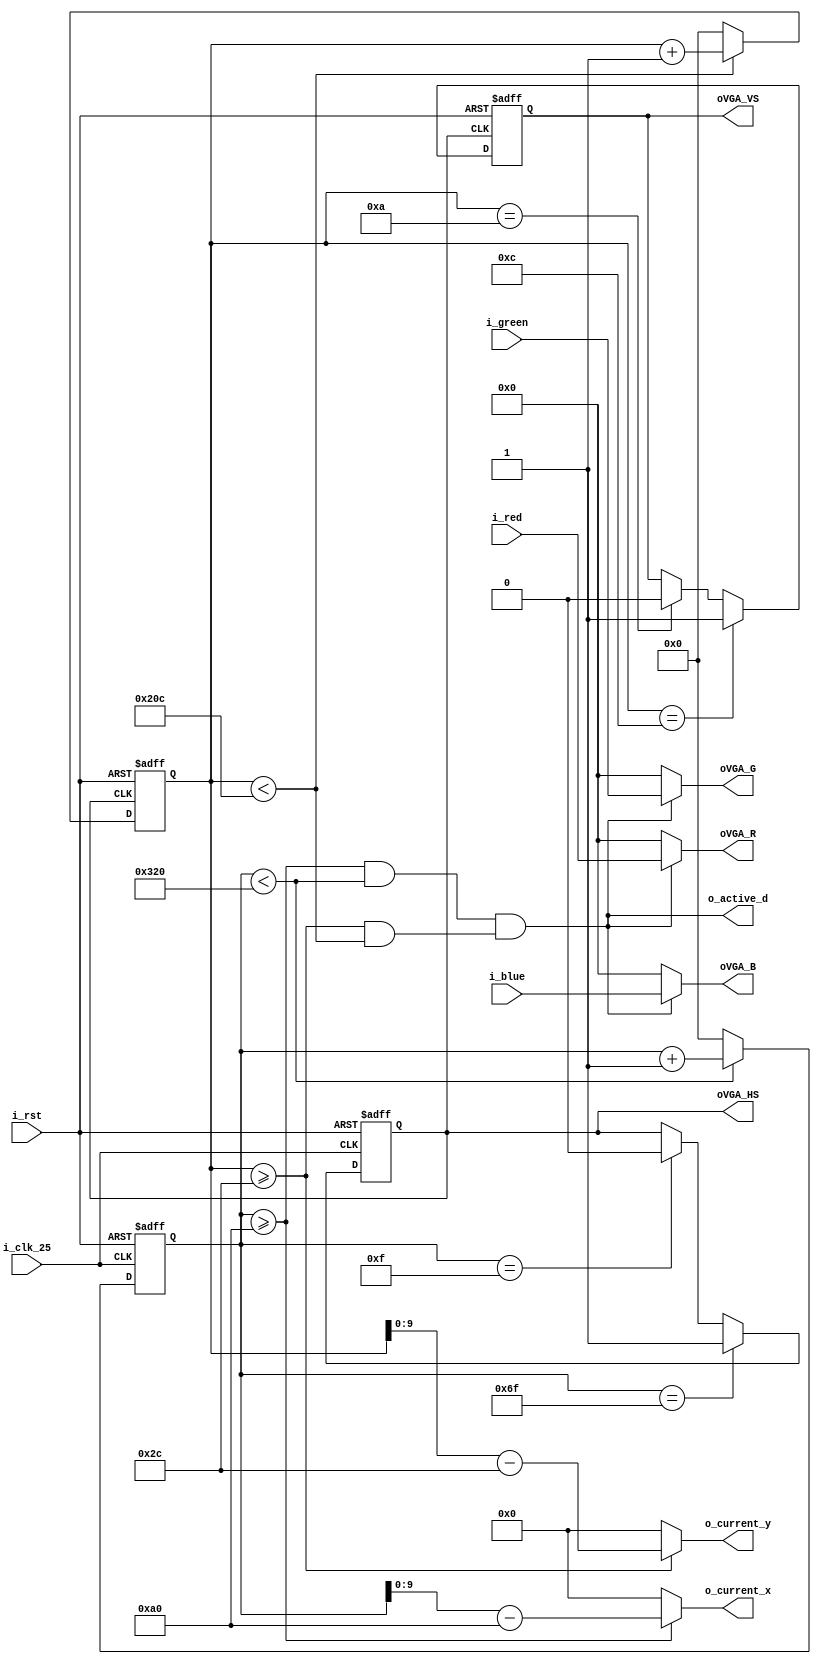
/* VGA stuff
Horizontal Pixel Timings
Front Porch: 16
Sync Pulse: 96
Back Porch: 48
Active Video: 640
Total pixels: 800

Vertical Line Timings
Active Video: 480
Front Porch: 11
Sync Pulse: 2
Back Porch: 31
Total lines: 524
*/

module vga_controller(
// HOST PART
    // Control inputs - clock and frame reset
    input wire          i_clk_25,
    input wire          i_rst,
    // Color input data
    input wire  [3:0]   i_red,
    input wire  [3:0]   i_green,
    input wire  [3:0]   i_blue,
    // X and Y of current pixel
    output wire [9:0]   o_current_x,
    output wire [9:0]   o_current_y,
    output wire         o_active_d,
    
// VGA PART
    // Control outputs - clock, horizontal and vertical sync
    output reg          oVGA_HS,
    output reg          oVGA_VS,
    
    // Color VGA output
    output wire [3:0]   oVGA_R,
    output wire [3:0]   oVGA_G,
    output wire [3:0]   oVGA_B
);

// VGA TIMINGS
//  Horizontal Parameters
localparam  H_FRONT = 16;
localparam  H_SYNC  = 96;
localparam  H_BACK  = 48;
localparam  H_ACT   = 640; 
localparam  H_BLANK = H_FRONT + H_SYNC + H_BACK;
localparam  H_TOTAL = H_FRONT + H_SYNC + H_BACK + H_ACT;
//  Vertical Parameters
localparam  V_FRONT = 11;
localparam  V_SYNC  = 2;
localparam  V_BACK  = 31;
localparam  V_ACT   = 480;
localparam  V_BLANK = V_FRONT + V_SYNC + V_BACK;
localparam  V_TOTAL = V_FRONT + V_SYNC + V_BACK + V_ACT;

// Internals - 11 bits to be sure no overflow happens
reg [10:0] h_count;
reg [10:0] v_count;

// VGA Color Data
assign oVGA_R       = o_active_d ? i_red    : 4'b0;
assign oVGA_G       = o_active_d ? i_green  : 4'b0;
assign oVGA_B       = o_active_d ? i_blue   : 4'b0;

// HOST OUTPUT LOGIC
assign o_current_x  = (h_count >= H_BLANK) ? (h_count - H_BLANK) : 10'b0;
assign o_current_y  = (v_count >= V_BLANK) ? (v_count - V_BLANK) : 10'b0;
assign o_active_d   = (h_count >= H_BLANK && h_count < H_TOTAL) && (v_count >= V_BLANK && v_count < V_TOTAL);

// VGA HS - active low
always @ (posedge i_clk_25 or posedge i_rst)
begin
    if (i_rst)
    begin
        h_count <= 0;
        oVGA_HS <= 1'b1;
    end
    else
    begin
        if (h_count < H_TOTAL)
            h_count <= h_count + 1'b1;
        else
            h_count <= 0;
            
        if (h_count == H_FRONT - 1)
            oVGA_HS <= 1'b0;
            
        if (h_count == H_FRONT + H_SYNC - 1)
            oVGA_HS <= 1'b1;    
    end
end

// VGA VS - active low
always @ (posedge oVGA_HS or posedge i_rst)
begin
    if (i_rst)
    begin
        v_count <= 0;
        oVGA_VS <= 1'b1;
    end
    else
    begin
        if (v_count < V_TOTAL)
            v_count <= v_count + 1'b1;
        else
            v_count <= 0;
            
        if (v_count == V_FRONT - 1)
            oVGA_VS <= 1'b0;
            
        if (v_count == V_FRONT + V_SYNC - 1)
            oVGA_VS <= 1'b1;    
    end
end

endmodule